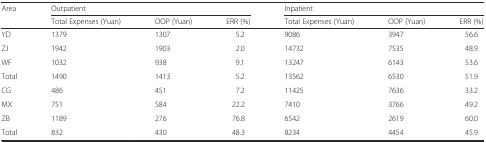
<table><thead><tr><td rowspan="2"><b>Area</b></td><td colspan="3"><b>Outpatient</b></td><td colspan="3"><b>Inpatient</b></td></tr><tr><td><b>Total Expenses (Yuan)</b></td><td><b>OOP (Yuan)</b></td><td><b>ERR (%)</b></td><td><b>Total Expenses (Yuan)</b></td><td><b>OOP (Yuan)</b></td><td><b>ERR (%)</b></td></tr></thead><tbody><tr><td>YD</td><td>1379</td><td>1307</td><td>5.2</td><td>9086</td><td>3947</td><td>56.6</td></tr><tr><td>ZJ</td><td>1942</td><td>1903</td><td>2.0</td><td>14732</td><td>7535</td><td>48.9</td></tr><tr><td>WF</td><td>1032</td><td>938</td><td>9.1</td><td>13247</td><td>6143</td><td>53.6</td></tr><tr><td>Total</td><td>1490</td><td>1413</td><td>5.2</td><td>13562</td><td>6530</td><td>51.9</td></tr><tr><td>CG</td><td>486</td><td>451</td><td>7.2</td><td>11425</td><td>7636</td><td>33.2</td></tr><tr><td>MX</td><td>751</td><td>584</td><td>22.2</td><td>7410</td><td>3766</td><td>49.2</td></tr><tr><td>ZB</td><td>1189</td><td>276</td><td>76.8</td><td>6542</td><td>2619</td><td>60.0</td></tr><tr><td>Total</td><td>832</td><td>430</td><td>48.3</td><td>8234</td><td>4454</td><td>45.9</td></tr></tbody></table>